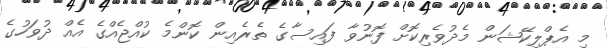
މި އެޕްލިކޭޝަން މެދުވެރިކޮށް ފޮނުވާ ފައިސާގެ ތެރެއިން ކޮންމެ ކުއްޖެއްގެ އެއް ދުވަހުގެ